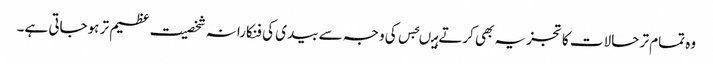
وہ تمام تر حالات کا تجزیہ بھی کرتے ہیںجس کی وجہ سے بیدی کی فنکارانہ شخصیت عظیم تر ہوجاتی ہے۔